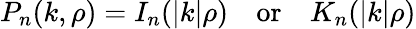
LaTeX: P_{n}(k,\rho)=I_{n}(|k|\rho)\, \, \, \, \, \, \mathrm{or}\, \, \, \, \, \, K_{n}(|k|\rho)